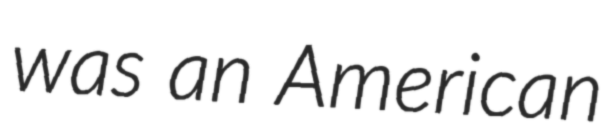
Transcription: was an American